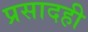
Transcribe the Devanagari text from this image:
प्रसादही